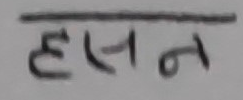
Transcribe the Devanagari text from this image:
हसन